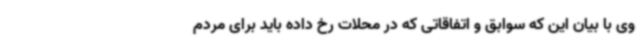
وی با بیان این که سوابق و اتفاقاتی که در محلات رخ داده باید برای مردم